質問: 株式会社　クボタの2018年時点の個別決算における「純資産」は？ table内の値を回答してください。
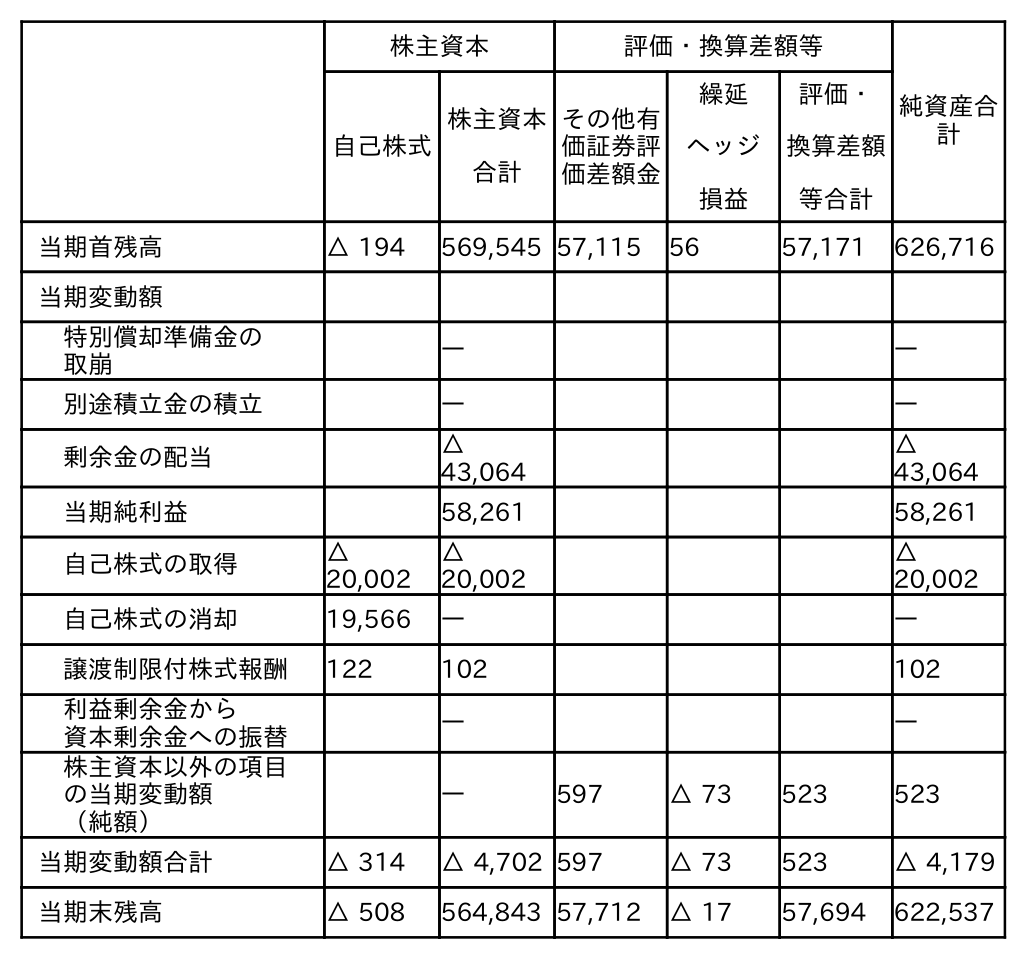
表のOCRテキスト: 株主資本 評価・換算差額等 純資産合 計 自己株式 株主資本 合計 その他有 価証券評 価差額金 繰延 ヘッジ 損益 評価・ 換算差額 等合計 当期首残高 △ 194 569,545 57,115 56 57,171 626,716 当期変動額 特別償却準備金の 取崩 ― ― 別途積立金の積立 ― ― 剰余金の配当 △ 43,064 △ 43,064 当期純利益 58,261 58,261 自己株式の取得 △ 20,002 △ 20,002 △ 20,002 自己株式の消却 19,566 ― ― 譲渡制限付株式報酬 122 102 102 利益剰余金から 資本剰余金への振替 ― ― 株主資本以外の項目 の当期変動額 （純額） ― 597 △ 73 523 523 当期変動額合計 △ 314 △ 4,702 597 △ 73 523 △ 4,179 当期末残高 △ 508 564,843 57,712 △ 17 57,694 622,537
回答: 626,716